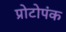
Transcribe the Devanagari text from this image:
प्रोटोपंक